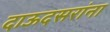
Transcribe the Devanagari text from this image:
दाऊदसरांना